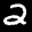
Label: 2